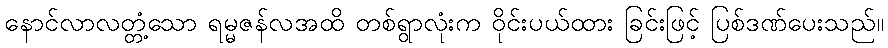
နောင်လာလတ္တံ့သော ရမ္မဇန်လအထိ တစ်ရွာလုံးက ဝိုင်းပယ်ထား ခြင်းဖြင့် ပြစ်ဒဏ်ပေးသည်။